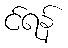
င်ရန်